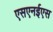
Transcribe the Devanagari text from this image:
एसएनईएस